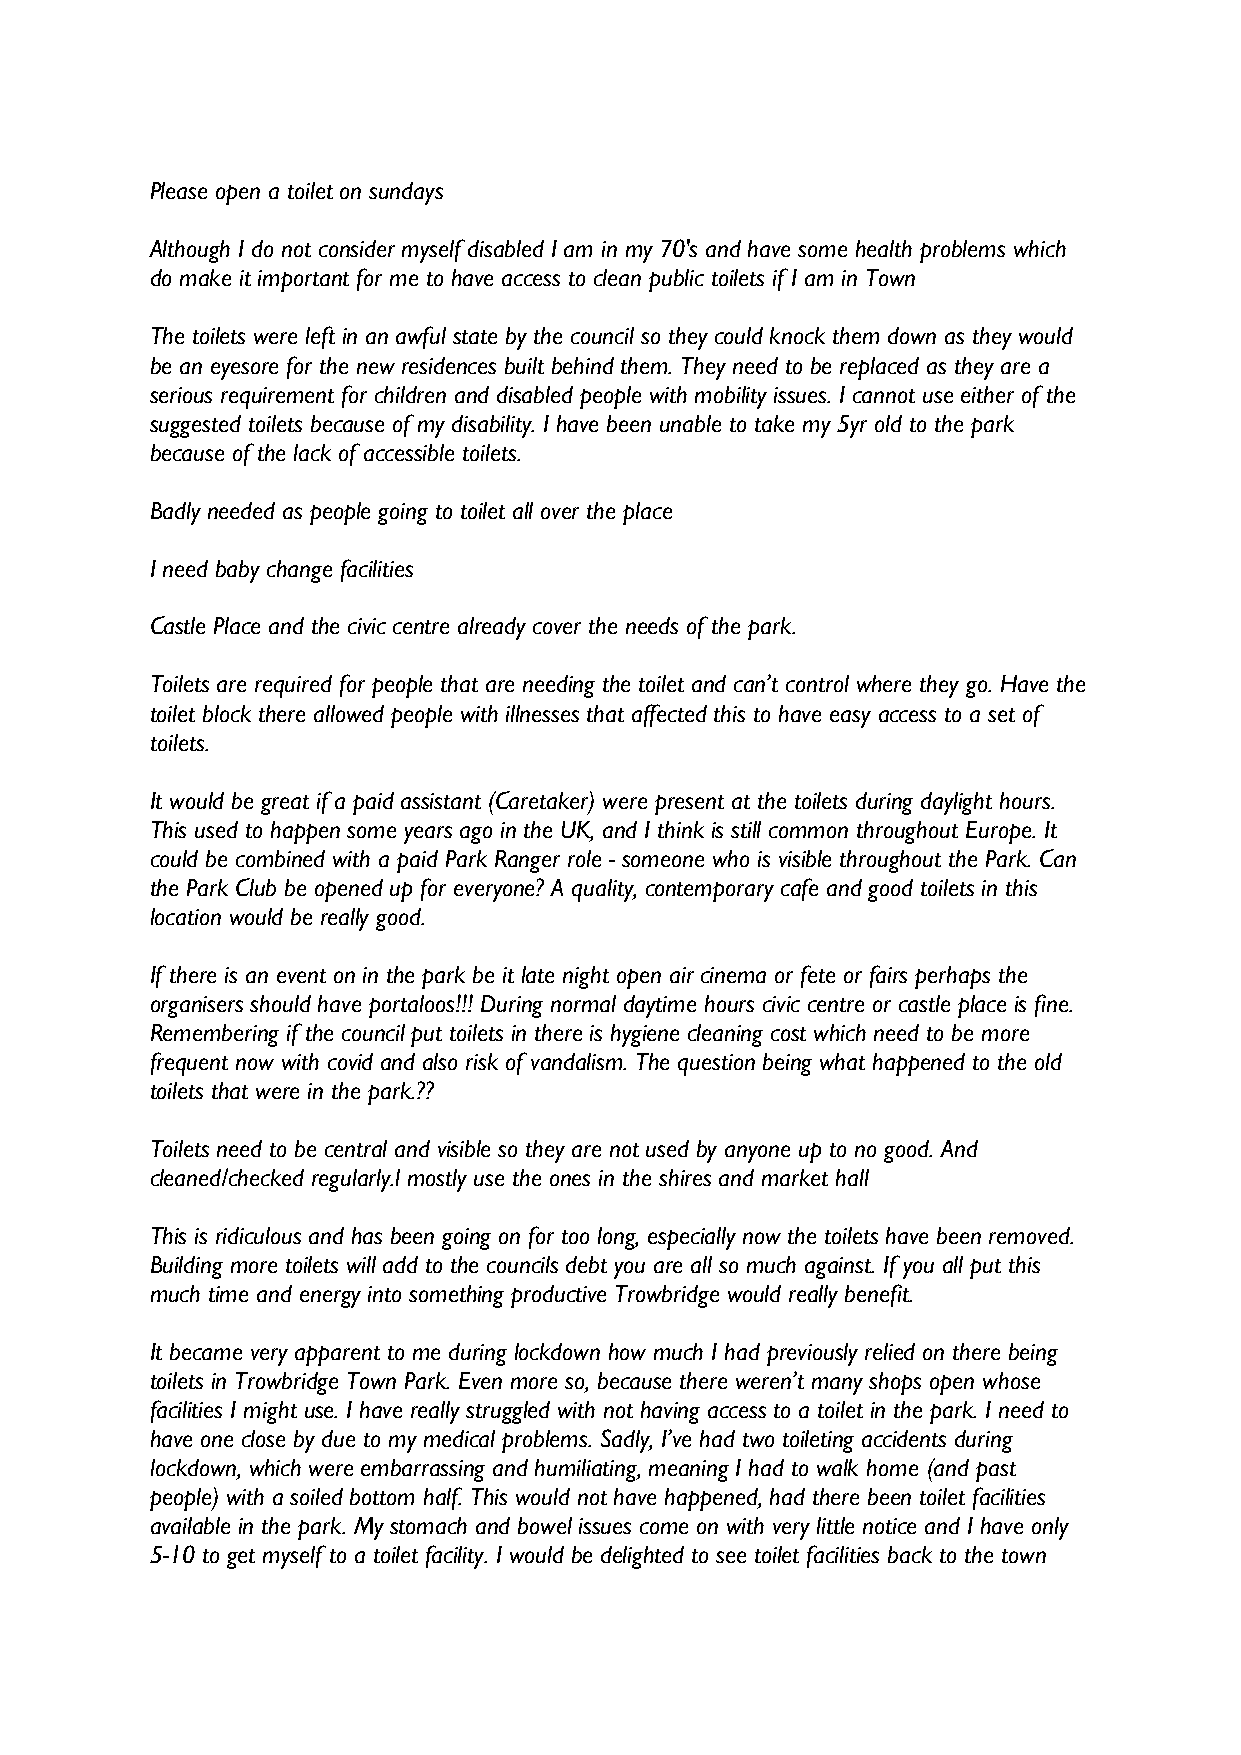
Please open a toilet on sundays
 Although I do not consider myself disabled I am in my 70's and have some health problems which
 do make it important for me to have access to clean public toilets if I am in Town
 The toilets were left in an awful state by the council so they could knock them down as they would
 be an eyesore for the new residences built behind them. They need to be replaced as they are a
 serious requirement for children and disabled people with mobility issues. I cannot use either of the
 suggested toilets because of my disability. I have been unable to take my 5yr old to the park
 because of the lack of accessible toilets.
 Badly needed as people going to toilet all over the place
 I need baby change facilities
 Castle Place and the civic centre already cover the needs of the park.
 Toilets are required for people that are needing the toilet and can’t control where they go. Have the
 toilet block there allowed people with illnesses that affected this to have easy access to a set of
 toilets.
 It would be great if a paid assistant (Caretaker) were present at the toilets during daylight hours.
 This used to happen some years ago in the UK, and I think is still common throughout Europe. It
 could be combined with a paid Park Ranger role - someone who is visible throughout the Park. Can
 the Park Club be opened up for everyone? A quality, contemporary cafe and good toilets in this
 location would be really good.
 If there is an event on in the park be it late night open air cinema or fete or fairs perhaps the
 organisers should have portaloos!!! During normal daytime hours civic centre or castle place is fine.
 Remembering if the council put toilets in there is hygiene cleaning cost which need to be more
 frequent now with covid and also risk of vandalism. The question being what happened to the old
 toilets that were in the park.??
 Toilets need to be central and visible so they are not used by anyone up to no good. And
 cleaned/checked regularly.l mostly use the ones in the shires and market hall
 This is ridiculous and has been going on for too long, especially now the toilets have been removed.
 Building more toilets will add to the councils debt you are all so much against. If you all put this
 much time and energy into something productive Trowbridge would really benefit.
 It became very apparent to me during lockdown how much I had previously relied on there being
 toilets in Trowbridge Town Park. Even more so, because there weren’t many shops open whose
 facilities I might use. I have really struggled with not having access to a toilet in the park. I need to
 have one close by due to my medical problems. Sadly, I’ve had two toileting accidents during
 lockdown, which were embarrassing and humiliating, meaning I had to walk home (and past
 people) with a soiled bottom half. This would not have happened, had there been toilet facilities
 available in the park. My stomach and bowel issues come on with very little notice and I have only
 5-10 to get myself to a toilet facility. I would be delighted to see toilet facilities back to the town